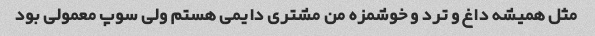
مثل همیشه داغ و ترد و خوشمزه من مشتری دایمی هستم ولی سوپ معمولی بود